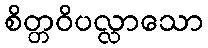
စိတ္တဝိပလ္လာသော